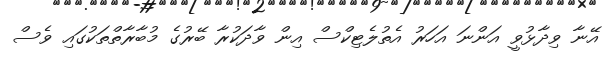
އޭނާ ވިދާޅުވީ އަންނަ އަހަރު އެތުލެޓިކްސް އިން ވާދަކުރާ ބޭރުގެ މުބާރާތްތަކުގައި ވެސް